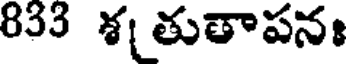
833 శ తుతాపనః